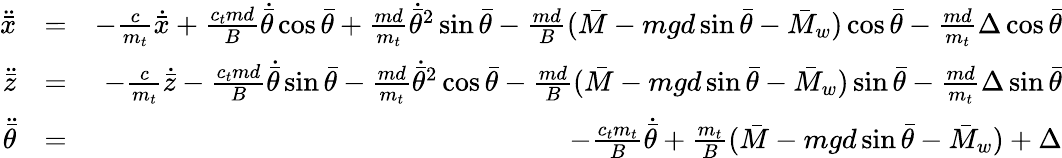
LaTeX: \begin{array}{rlr}{\ddot{\bar{x}}}&{=}&{-\frac{c}{m_{t}}\dot{\bar{x}}+\frac{c_{t}md}{B}\dot{\bar{\theta}}\cos\bar{\theta}+\frac{md}{m_{t}}\dot{\bar{\theta}}^{2}\sin\bar{\theta}-\frac{md}{B}(\bar{M}-mgd\sin\bar{\theta}-\bar{M}_{w})\cos\bar{\theta}-\frac{md}{m_{t}}\Delta\cos\bar{\theta}}\\ {\ddot{\bar{z}}}&{=}&{-\frac{c}{m_{t}}\dot{\bar{z}}-\frac{c_{t}md}{B}\dot{\bar{\theta}}\sin\bar{\theta}-\frac{md}{m_{t}}\dot{\bar{\theta}}^{2}\cos\bar{\theta}-\frac{md}{B}(\bar{M}-mgd\sin\bar{\theta}-\bar{M}_{w})\sin\bar{\theta}-\frac{md}{m_{t}}\Delta\sin\bar{\theta}}\\ {\ddot{\bar{\theta}}}&{=}&{-\frac{c_{t}m_{t}}{B}\dot{\bar{\theta}}+\frac{m_{t}}{B}(\bar{M}-mgd\sin\bar{\theta}-\bar{M}_{w})+\Delta}\end{array}